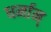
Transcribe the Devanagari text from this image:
धर्मान्